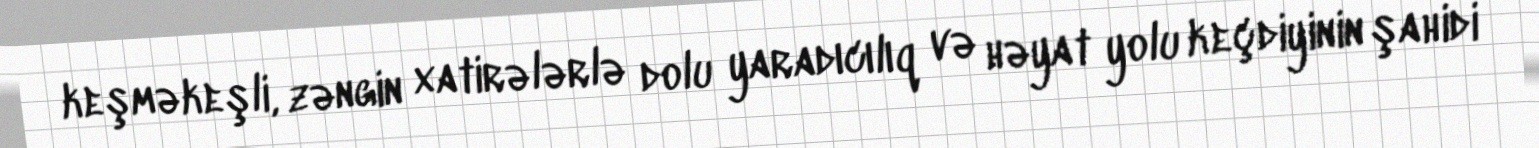
keşməkeşli, zəngin xatirələrlə dolu yaradıcılıq və həyat yolu keçdiyinin şahidi